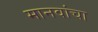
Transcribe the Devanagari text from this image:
मानवांचा